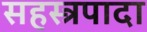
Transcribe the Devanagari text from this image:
सहस्त्रपादा